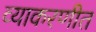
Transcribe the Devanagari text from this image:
व्याकरणीत